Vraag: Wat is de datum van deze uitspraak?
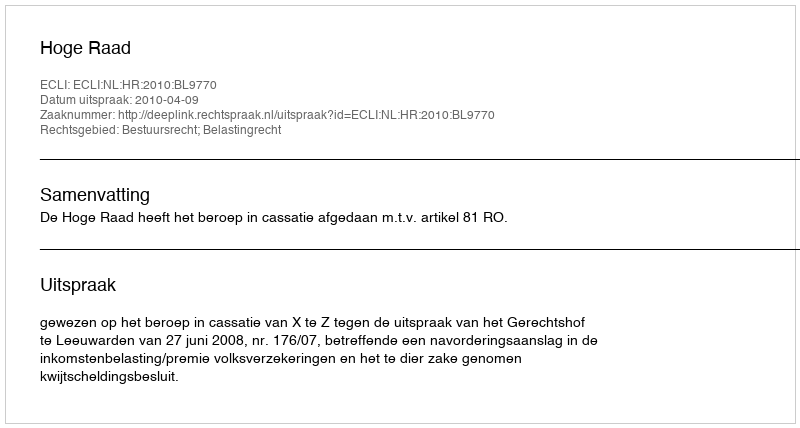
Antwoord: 2010-04-09